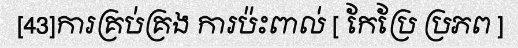
[43]ការគ្រប់គ្រង ការប៉ះពាល់ [ កែប្រែ ប្រភព ]